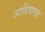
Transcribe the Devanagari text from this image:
आदिवाराह